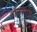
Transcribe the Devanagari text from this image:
बॉलपेनांचा